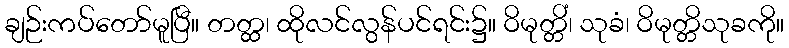
ချဉ်းကပ်တော်မူပြီ။ တတ္ထ၊ ထိုလင်လွန်ပင်ရင်း၌။ ဝိမုတ္တိံ၊ သုခံ၊ ဝိမုတ္တိသုခကို။